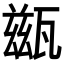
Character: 𤮀